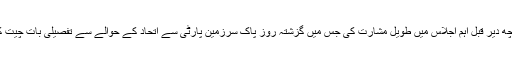
آئی بی سی کے مطابق متحدہ قومی موومنٹ پاکستان کے رہنماؤں نے کچھ دیر قبل اہم اجلاس میں طویل مشارت کی جس میں گزشتہ روز پاک سرزمین پارٹی سے اتحاد کے حوالے سے تفصیلی بات چیت کی گئی مگر حیران کن طور پر اجلاس میں فاروق ستار شریک نہ ہوئے۔